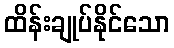
ထိန်းချုပ်နိုင်သော